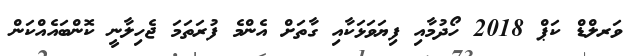
ވަރލްޑް ކަޕް 2018 ހޯދުމާއި ފިޔަވަޅަކާއި ގާތަށް އެންމެ ފުރަތަމަ ޖެހިލާނީ ކޮންބައެއްކަން